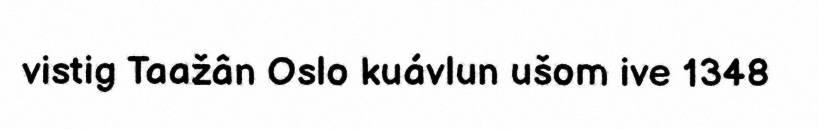
vistig Taažân Oslo kuávlun ušom ive 1348